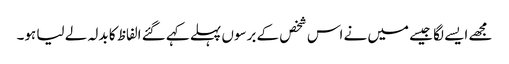
مجھے ایسے لگا جیسے میں نے اس شخص کے برسوں پہلے کہے گئے الفاظ کا بدلہ لے لیا ہو۔